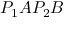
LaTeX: P _ { 1 } A P _ { 2 } B